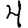
Digit: 4